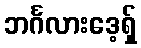
ဘင်္ဂလားဒေ့ရှ်